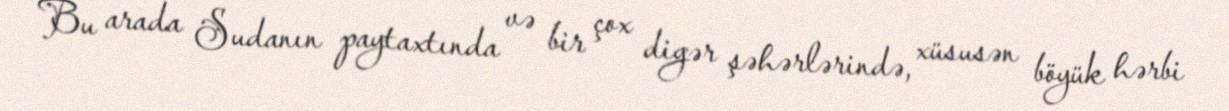
Bu arada Sudanın paytaxtında və bir çox digər şəhərlərində, xüsusən böyük hərbi